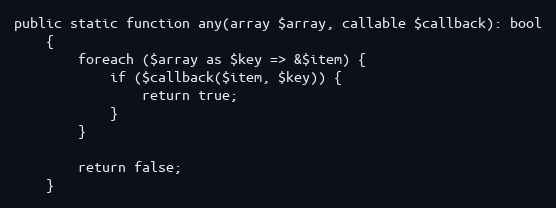
Language: PHP
public static function any(array $array, callable $callback): bool
    {
        foreach ($array as $key => &$item) {
            if ($callback($item, $key)) {
                return true;
            }
        }

        return false;
    }